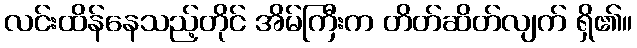
လင်းထိန်နေသည့်တိုင် အိမ်ကြီးက တိတ်ဆိတ်လျက် ရှိ၏။